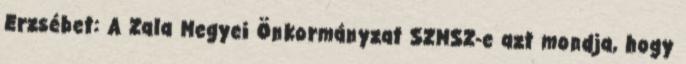
Erzsébet: A Zala Megyei Önkormányzat SZMSZ-e azt mondja, hogy